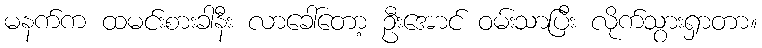
မနက်က ထမင်းစားခါနီး လာခေါ်တော့ ဦးအောင် ဝမ်းသာပြီး လိုက်သွားရှာတာ။